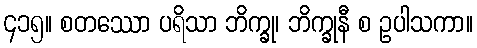
၄၁၅။ စတဿော ပရိသာ ဘိက္ခု၊ ဘိက္ခုနီ စ ဥပါသကာ။